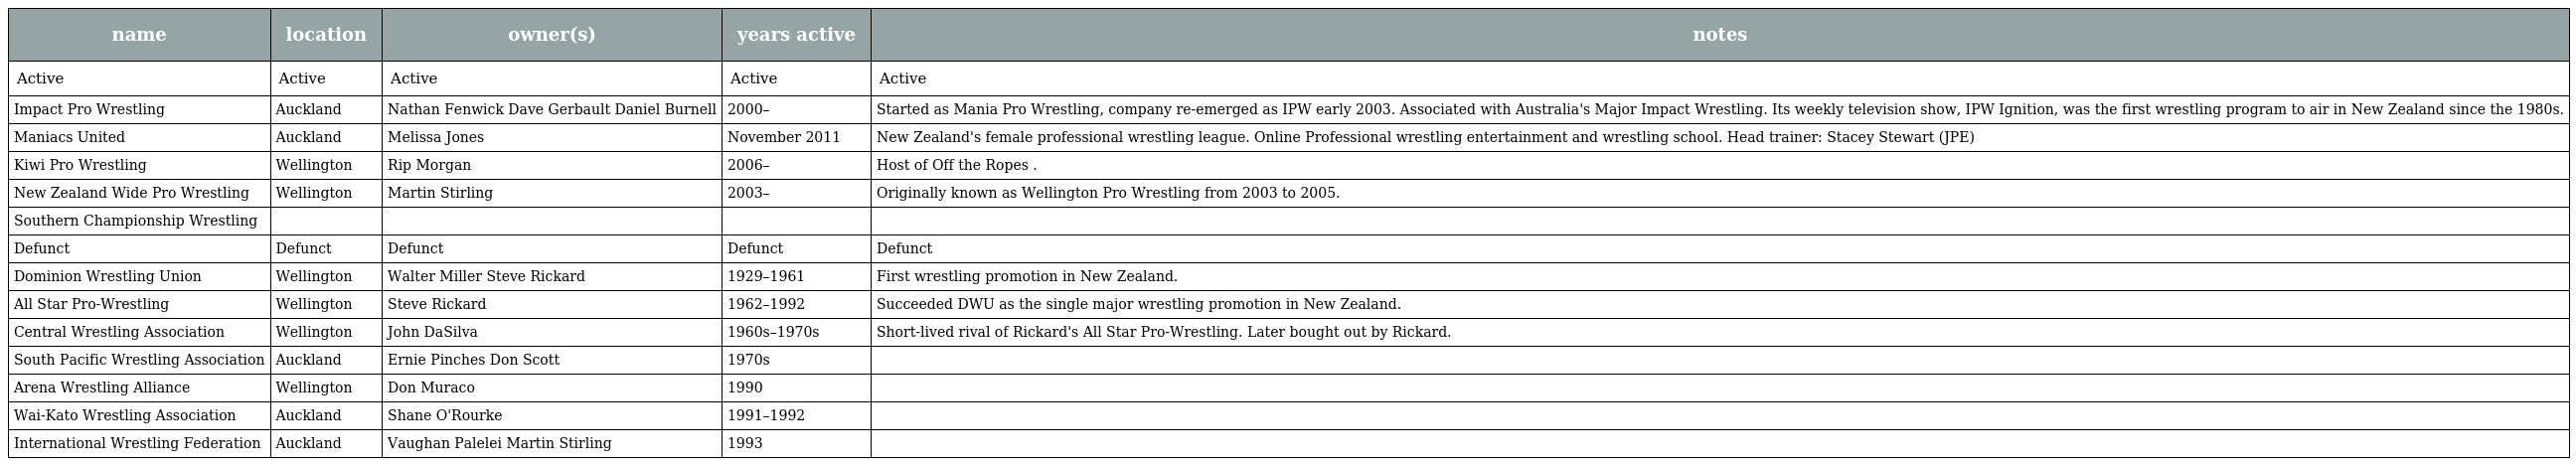
| name | location | owner(s) | years active | notes |
 | --- | --- | --- | --- | --- |
 | Active | Active | Active | Active | Active |
 | Impact Pro Wrestling | Auckland | Nathan Fenwick Dave Gerbault Daniel Burnell | 2000– | Started as Mania Pro Wrestling, company re-emerged as IPW early 2003. Associated with Australia's Major Impact Wrestling. Its weekly television show, IPW Ignition, was the first wrestling program to air in New Zealand since the 1980s. |
 | Maniacs United | Auckland | Melissa Jones | November 2011 | New Zealand's female professional wrestling league. Online Professional wrestling entertainment and wrestling school. Head trainer: Stacey Stewart (JPE) |
 | Kiwi Pro Wrestling | Wellington | Rip Morgan | 2006– | Host of Off the Ropes . |
 | New Zealand Wide Pro Wrestling | Wellington | Martin Stirling | 2003– | Originally known as Wellington Pro Wrestling from 2003 to 2005. |
 | Southern Championship Wrestling |  |  |  |  |
 | Defunct | Defunct | Defunct | Defunct | Defunct |
 | Dominion Wrestling Union | Wellington | Walter Miller Steve Rickard | 1929–1961 | First wrestling promotion in New Zealand. |
 | All Star Pro-Wrestling | Wellington | Steve Rickard | 1962–1992 | Succeeded DWU as the single major wrestling promotion in New Zealand. |
 | Central Wrestling Association | Wellington | John DaSilva | 1960s–1970s | Short-lived rival of Rickard's All Star Pro-Wrestling. Later bought out by Rickard. |
 | South Pacific Wrestling Association | Auckland | Ernie Pinches Don Scott | 1970s |  |
 | Arena Wrestling Alliance | Wellington | Don Muraco | 1990 |  |
 | Wai-Kato Wrestling Association | Auckland | Shane O'Rourke | 1991–1992 |  |
 | International Wrestling Federation | Auckland | Vaughan Palelei Martin Stirling | 1993 |  |